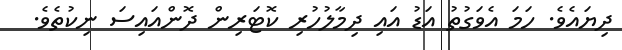
ދިޔައެވެ. ހަމަ އެވަގުތު އަޑު އައި ދިމާލުހުރި ކޮޓަރިން ދޮންއައިސަ ނިކުތެވެ.